Report of the King Institute of Preventive Medicine, Guindy
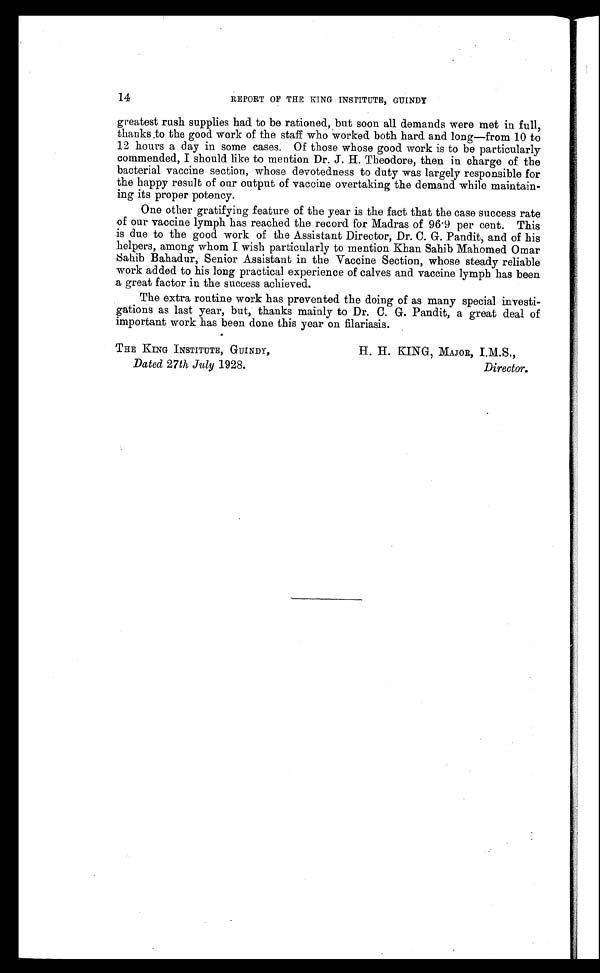
THE KING INSTITUTE, GUINDY,
Dated 27th July 1928.
H. H. KING, MAJOR, I.M.S.,
Director.
14
REPORT OF THE KING INSTITUTE, GUINDY
greatest rush supplies had to be rationed, but soon all demands were met in full,
thanks to the good work of the staff who worked both hard and long—from 10 to
12 hours a day in some cases. Of those whose good work is to be particularly
commended, I should like to mention Dr. J. H. Theodore, then in charge of the
bacterial vaccine section, whose devotedness to duty was largely responsible for
the happy result of our output of vaccine overtaking the demand while maintain
-ing its proper potency.
One other gratifying feature of the year is the fact that the case success rate
of our vaccine lymph has reached the record for Madras of 96.9 per cent. This
is due to the good work of the Assistant Director, Dr. C. G. Pandit, and of his
helpers, among whom I wish particularly to mention Khan Sahib Mahomed Omar
Sahib Bahadur, Senior Assistant in the Vaccine Section, whose steady reliable
work added to his long practical experience of calves and vaccine lymph has been
a great factor in the success achieved.
The extra routine work has prevented the doing of as many special investi
-gations as last year, but, thanks mainly to Dr. C. G. Pandit, a great deal of
important work has been done this year on filariasis.